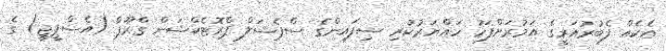
އެކެއް ފެބުރުއަރީގެ އަމުރަށްފަހު ހައްޔަރުކުރި ސިފައިންގެ ސްޕެޝަލް ޕްރޮޓެކްޝަން ގްރޫޕް (އެސްޕީޖީ) ގެ